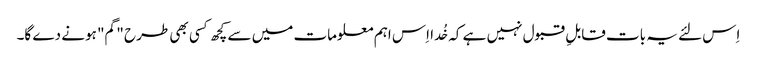
اِس لئے یہ بات قابلِ قبول نہیں ہے کہ خُدا اِس اہم معلومات میں سے کچھ کسی بھی طرح "گم" ہونے دے گا۔